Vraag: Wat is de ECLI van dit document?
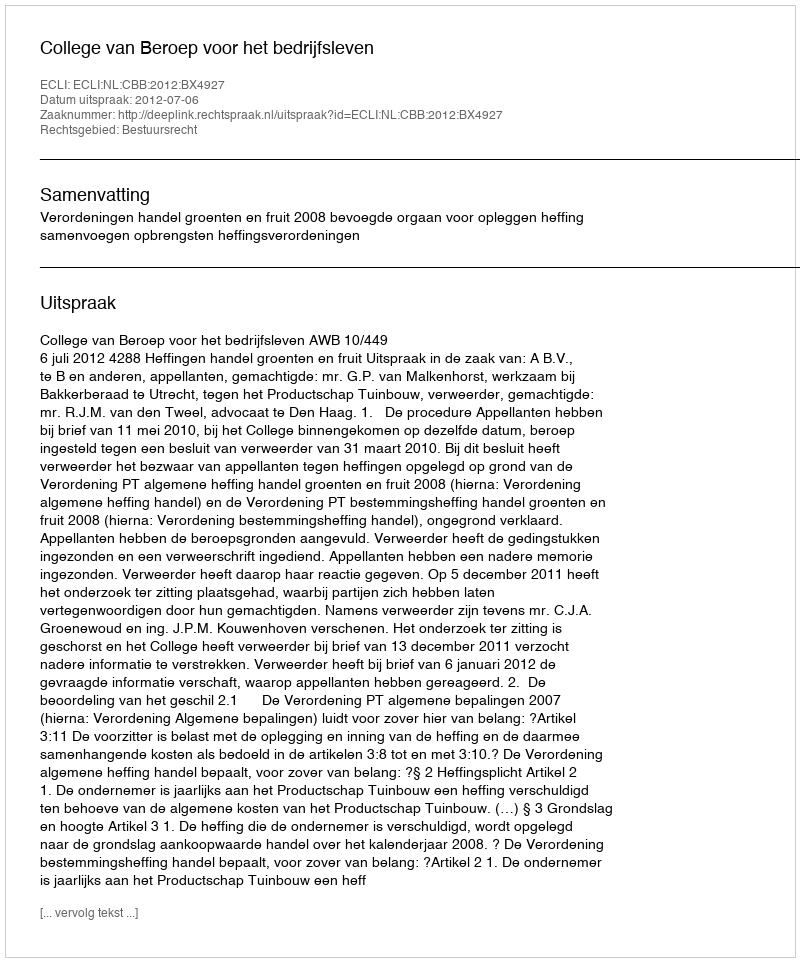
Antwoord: ECLI:NL:CBB:2012:BX4927